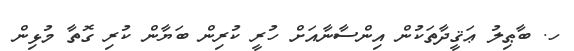
ހ. ބާޠިލު ޢަޤީދާތަކުން އިންސާނާއަށް ހުރީ ކުރިން ބަޔާން ކުރި ގޮތާ މުޅިން